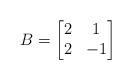
LaTeX: \begin{align*} B = \begin{bmatrix} 2 & 1 \\ 2 & -1 \end{bmatrix} \end{align*}